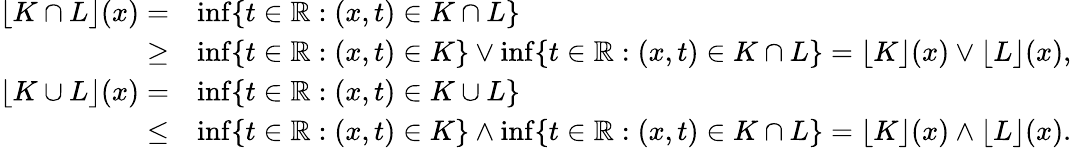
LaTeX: \begin{array}{rl}{\lfloor K\cap L\rfloor(x)=}&{\operatorname*{inf}\{ t\in\mathbb{R}:(x,t)\in K\cap L\} }\\ {\ge}&{\operatorname*{inf}\{ t\in\mathbb{R}:(x,t)\in K\} \vee\operatorname*{inf}\{ t\in\mathbb{R}:(x,t)\in K\cap L\} =\lfloor K\rfloor(x)\vee\lfloor L\rfloor(x),}\\ {\lfloor K\cup L\rfloor(x)=}&{\operatorname*{inf}\{ t\in\mathbb{R}:(x,t)\in K\cup L\} }\\ {\le}&{\operatorname*{inf}\{ t\in\mathbb{R}:(x,t)\in K\} \wedge\operatorname*{inf}\{ t\in\mathbb{R}:(x,t)\in K\cap L\} =\lfloor K\rfloor(x)\wedge\lfloor L\rfloor(x).}\end{array}